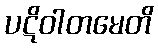
ပဋိဝါတမေတိ